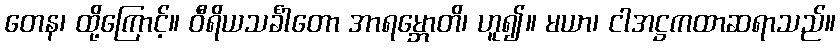
တေန၊ ထို့ကြောင့်။ ဝီရိယသင်္ခါတော အာရမ္ဘောတိ၊ ဟူ၍။ မယာ၊ ငါအဋ္ဌကထာဆရာသည်။